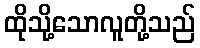
ထိုသို့သောလူတို့သည်